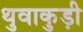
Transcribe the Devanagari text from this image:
थुवाकुड़ी